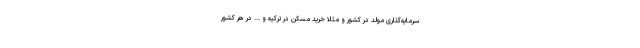
سرمایه‌گذاری مولد در کشور و مثلاً خرید مسکن در ترکیه و ... در هر کشور